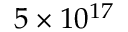
5 \times 1 0 ^ { 1 7 }